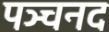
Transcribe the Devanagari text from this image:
पञ्चनद